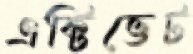
এক্টিভেট